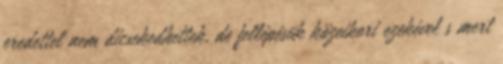
eredettel nem dicsekedhettek, de fellépésük közeikori ezekével s mert